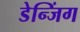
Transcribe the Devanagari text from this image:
डेन्जिंग